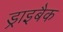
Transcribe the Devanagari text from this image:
ड्राइबैक